Indian journal of veterinary science and animal husbandry - Volume 10,
Year: 1940
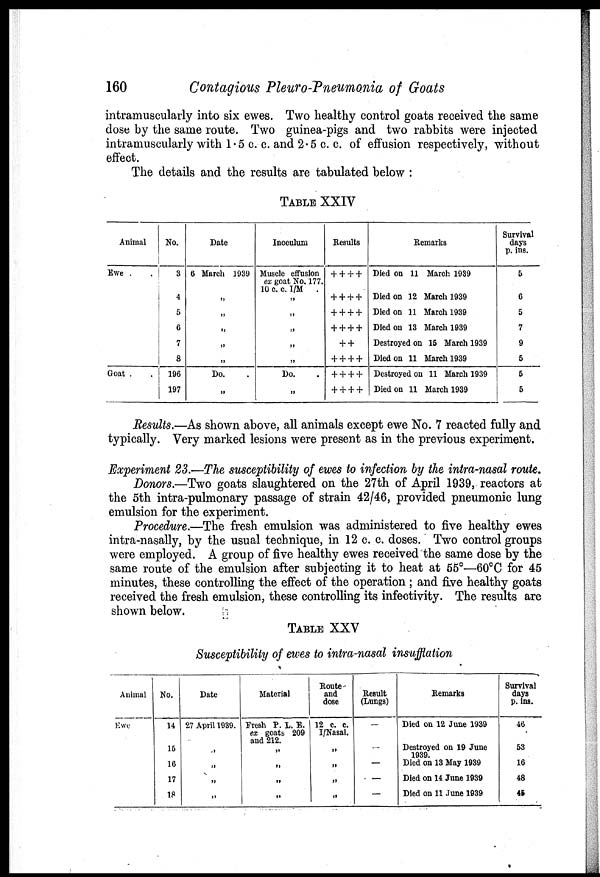
160
Contagious Pleuro-Pneumonia of Goats
intramuscularly into six ewes. Two healthy control goats received the same
dose by the same route. Two guinea-pigs and two rabbits were injected
intramuscularly with 1.5 c. c. and 2.5 c. c. of effusion respectively, without
effect.
The details and the results are tabulated below :
TABLE XXIV
Animal
Ewe . .
Goat . .
No.
3
4
5
6
7
8
196
197
Date
6 March 1939
„
„
„
„
„
Do. .
„
Inoculum
Muscle effusion
ex goat No. 177.
10 c. c. 1/M
.
„
„
„
„
„
Do. .
„
Results
+ + + +
+ + + +
+ + + +
+ + + +
+ +
+ + + +
+ + + +
+ + + +
Remarks
Died on 11 March 1939
Died on 12 March 1939
Died on 11 March 1939
Died on 13 March 1939
Destroyed on 15 March 1939
Died on 11 March 1939
Destroyed on 11 March 1939
Died on 11 March 1939
Survival
days
p. ins.
5
6
5
7
9
5
5
5
Results.—As shown above, all animals except ewe No. 7 reacted fully and
typically. Very marked lesions were present as in the previous experiment.
Experiment 23.—The susceptibility of ewes to infection by the intra-nasal route.
Donors.—Two goats slaughtered on the 27th of April 1939, reactors at
the 5th intra-pulmonary passage of strain 42/46, provided pneumonic lung
emulsion for the experiment.
Procedure.—The fresh emulsion was administered to five healthy ewes
intra-nasally, by the usual technique, in 12 c. c. doses. Two control groups
were employed. A group of five healthy ewes received the same dose by the
same route of the emulsion after subjecting it to heat at 55°—60°C for 45
minutes, these controlling the effect of the operation ; and five healthy goats
received the fresh emulsion, these controlling its infectivity. The results are
shown below.
TABLE XXV
Susceptibility of ewes to intra-nasal insufflation
Animal
Ewe
No.
14
15
16
17
18
Date
27 April 1939.
„
„
„
„
Material
Fresh P. L. E.
ex goats 209
and 212.
„
„
„
„
Route
and
dose
12 c. c.
I/Nasal.
„
„
„
„
Result
(Lungs)
—
—
—
—
—
Remarks
Died on 12 June 1939
Destroyed on 19 June
1939.
Died on 13 May 1939
Died on 14 June 1939
Died on 11 June 1939
Survival
days
p. ins.
46
53
16
48
45